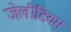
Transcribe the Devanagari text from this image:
जेलीडियम